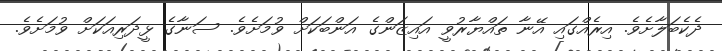
ދެކެބަލާށެވެ. އިރެއްގައި އޭނާ ތައްޔާރުވީ އައިޒަންގެ އަންބަކަށް ވުމަށެވެ. ސަނާގެ ޅީދަރިއަކަށް ވުމަށެވެ.